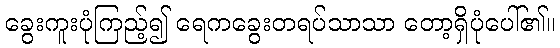
ခွေးကူးပုံကြည့်၍ ရေကခွေးတရပ်သာသာ တော့ရှိပုံပေါ်၏။